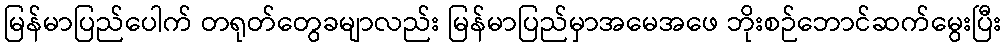
မြန်မာပြည်ပေါက် တရုတ်တွေခမျာလည်း မြန်မာပြည်မှာအမေအဖေ ဘိုးစဉ်ဘောင်ဆက်မွေးပြီး